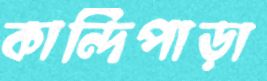
কান্দিপাড়া